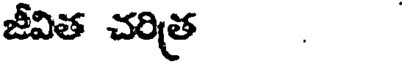
జీవిత చరిత్ర .